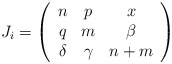
\begin{align*}J_i = \left( \begin{array}{ccc}n & p & x \\q & m & \beta\\\delta & \gamma & n + m \end{array} \right)\end{align*}